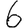
Digit: 6